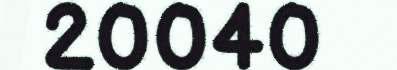
20040